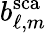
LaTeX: b_{\ell,m}^{\mathrm{sca}}